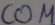
Text: COM